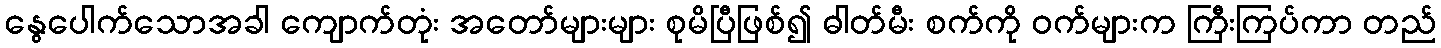
နွေပေါက်သောအခါ ကျောက်တုံး အတော်များများ စုမိပြီဖြစ်၍ ဓါတ်မီး စက်ကို ဝက်များက ကြီးကြပ်ကာ တည်